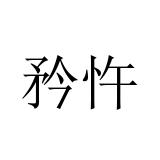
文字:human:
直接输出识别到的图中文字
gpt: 矜忤